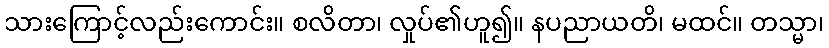
သားကြောင့်လည်းကောင်း။ စလိတာ၊ လှုပ်၏ဟူ၍။ နပညာယတိ၊ မထင်။ တသ္မာ၊